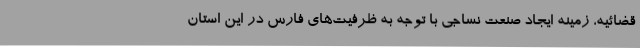
قضائیه، زمینه ایجاد صنعت نساجی با توجه به ظرفیت‌های فارس در این استان